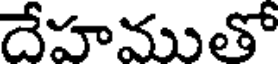
దేహముతో